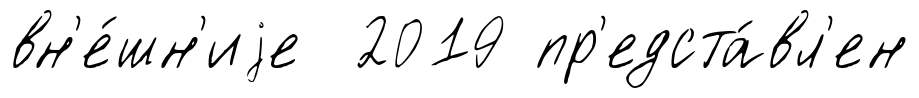
вн'е́шн'иjе 2019 пр'едста́вл'ен